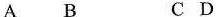
A B C D